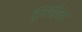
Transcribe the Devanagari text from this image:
दुराणीला